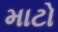
માટો